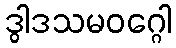
ဒွါဒသမဝဂ္ဂေါ